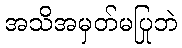
အသိအမှတ်မပြုဘဲ